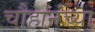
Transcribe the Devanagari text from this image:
चौहानंच्या